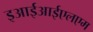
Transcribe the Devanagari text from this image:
इआईआईएलएम